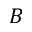
B